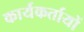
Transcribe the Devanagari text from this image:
कार्यकर्तायों